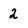
Character: 2